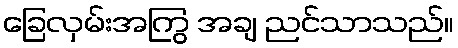
ခြေလှမ်းအကြွ အချ ညင်သာသည်။